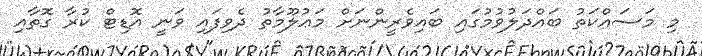
މި މަސައްކަތު ބައްދަލުވުމުގައި ބައިވެރީންނަށް މަޢުލޫމާތު ދެވިފައި ވަނީ އޮޑިޓް ކުރާ ގޮތާއި